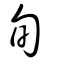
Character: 旬